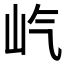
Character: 𪨦